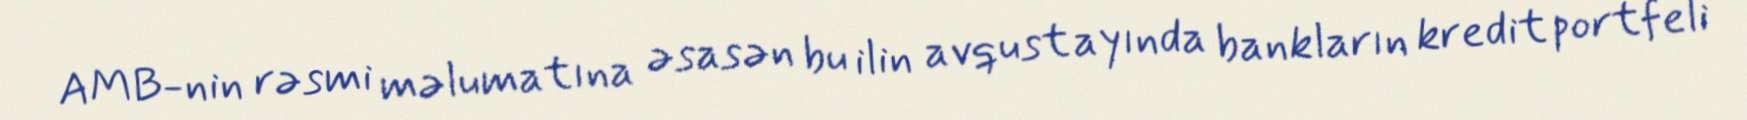
AMB-nin rəsmi məlumatına əsasən bu ilin avqust ayında bankların kredit portfeli